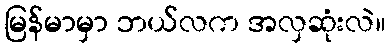
မြန်မာမှာ ဘယ်လက အလှဆုံးလဲ။